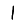
Digit: 1